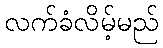
လက်ခံလိမ့်မည်